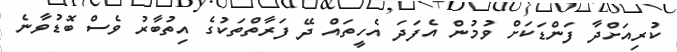
ކުރިއަށްދާ ފަންޑަކަށް ވުމުން އެފަދަ އެހީތައް ދޭ ފަރާތްތަކުގެ އިތުބާރު ވެސް ބޮޑުވާނެ